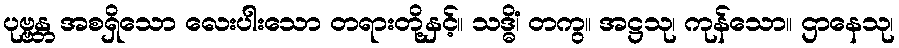
ပုဗ္ဗန္တ အစရှိသော လေးပါးသော တရားတို့နှင့်။ သဒ္ဓိံ၊ တကွ။ အဋ္ဌသု၊ ကုန်သော။ ဌာနေသု၊